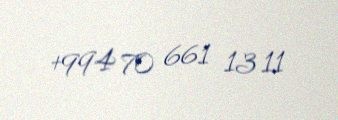
+994 70 661 13 11